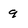
Character: 9